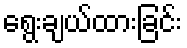
ရွေးချယ်ထားခြင်း